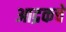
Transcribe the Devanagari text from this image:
आद्रकचे